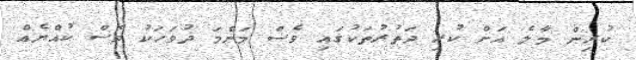
ކުރިން މާލެ އަށް ކުރި ދަތުރުތަކުގައި ވެސް މަންމަ ދުވަހަކު ވެސް ކުއްޔެއް